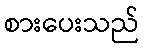
စားပေးသည်